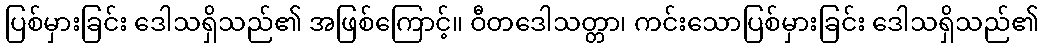
ပြစ်မှားခြင်း ဒေါသရှိသည်၏ အဖြစ်ကြောင့်။ ဝီတဒေါသတ္တာ၊ ကင်းသောပြစ်မှားခြင်း ဒေါသရှိသည်၏